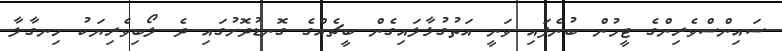
ސައިންސްވެރިންގެ ޓީމުން ބުނެފައި ވަނީ އަތުގުޅާލައިގެން ބީޗެއްގެ ގޮނޑުދޮށުގައި ދެ ލޯބިވެރިޔަކު ހިނގާލާ